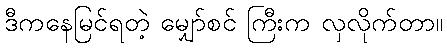
ဒီကနေမြင်ရတဲ့ မျှော်စင် ကြီးက လှလိုက်တာ။